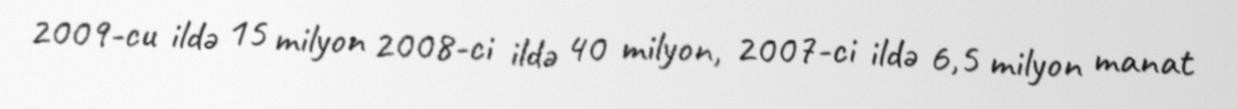
2009-cu ildə 15 milyon 2008-ci ildə 40 milyon, 2007-ci ildə 6,5 milyon manat